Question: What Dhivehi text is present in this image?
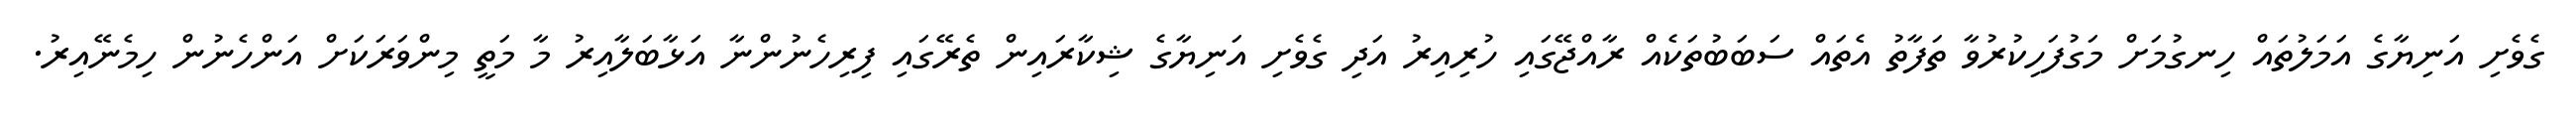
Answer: ގެވެށި އަނިޔާގެ އަމަލުތައް ހިނގުމަށް މަގުފަހިކުރުވާ ތަފާތު އެތައް ސަބަބުތަކެއް ރާއްޖޭގައި ހުރިއިރު އަދި ގެވެށި އަނިޔާގެ ޝިކާރައިން ތެރޭގައި ފިރިހެނުންނާ އަޅާބަލާއިރު މާ މަތީ މިންވަރަކަށް އަންހެނުން ހިމެނޭއިރު.